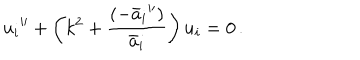
{ u _ { i } } ^ { \prime \prime } + \left( k ^ { 2 } + \frac { ( { - \bar { a } _ { i } } ^ { \prime \prime } ) } { \bar { a } _ { i } } \right) u _ { i } = 0 \, .